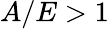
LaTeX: A/E>1